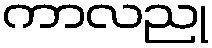
ကာလညု